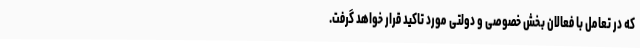
که در تعامل با فعالان بخش خصوصی و دولتی مورد تاکید قرار خواهد گرفت.